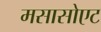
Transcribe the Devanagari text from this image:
मसासोएट